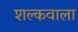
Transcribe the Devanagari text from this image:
शल्कवाला